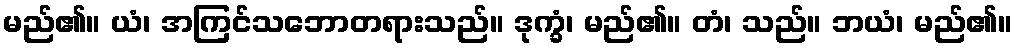
မည်၏။ ယံ၊ အကြင်သဘောတရားသည်။ ဒုက္ခံ၊ မည်၏။ တံ၊ သည်။ ဘယံ၊ မည်၏။